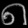
Digit: ၈